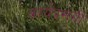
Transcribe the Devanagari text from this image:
कार्यप्रसंगी